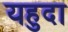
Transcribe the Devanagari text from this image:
यहुदा